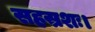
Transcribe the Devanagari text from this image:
सहस्रशः।